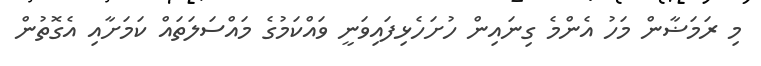
މި ރަމަޟާން މަހު އެންމެ ގިނައިން ހުށަހެޅިފައިވަނީ ވައްކަމުގެ މައްސަލަތައް ކަމަށާއި އެގޮތުން